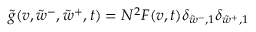
\tilde { g } ( v , \tilde { w } ^ { - } , \tilde { w } ^ { + } , t ) = N ^ { 2 } F ( v , t ) \delta _ { \tilde { w } ^ { - } , 1 } \delta _ { \tilde { w } ^ { + } , 1 }